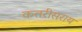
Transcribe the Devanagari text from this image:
कतरीसराय